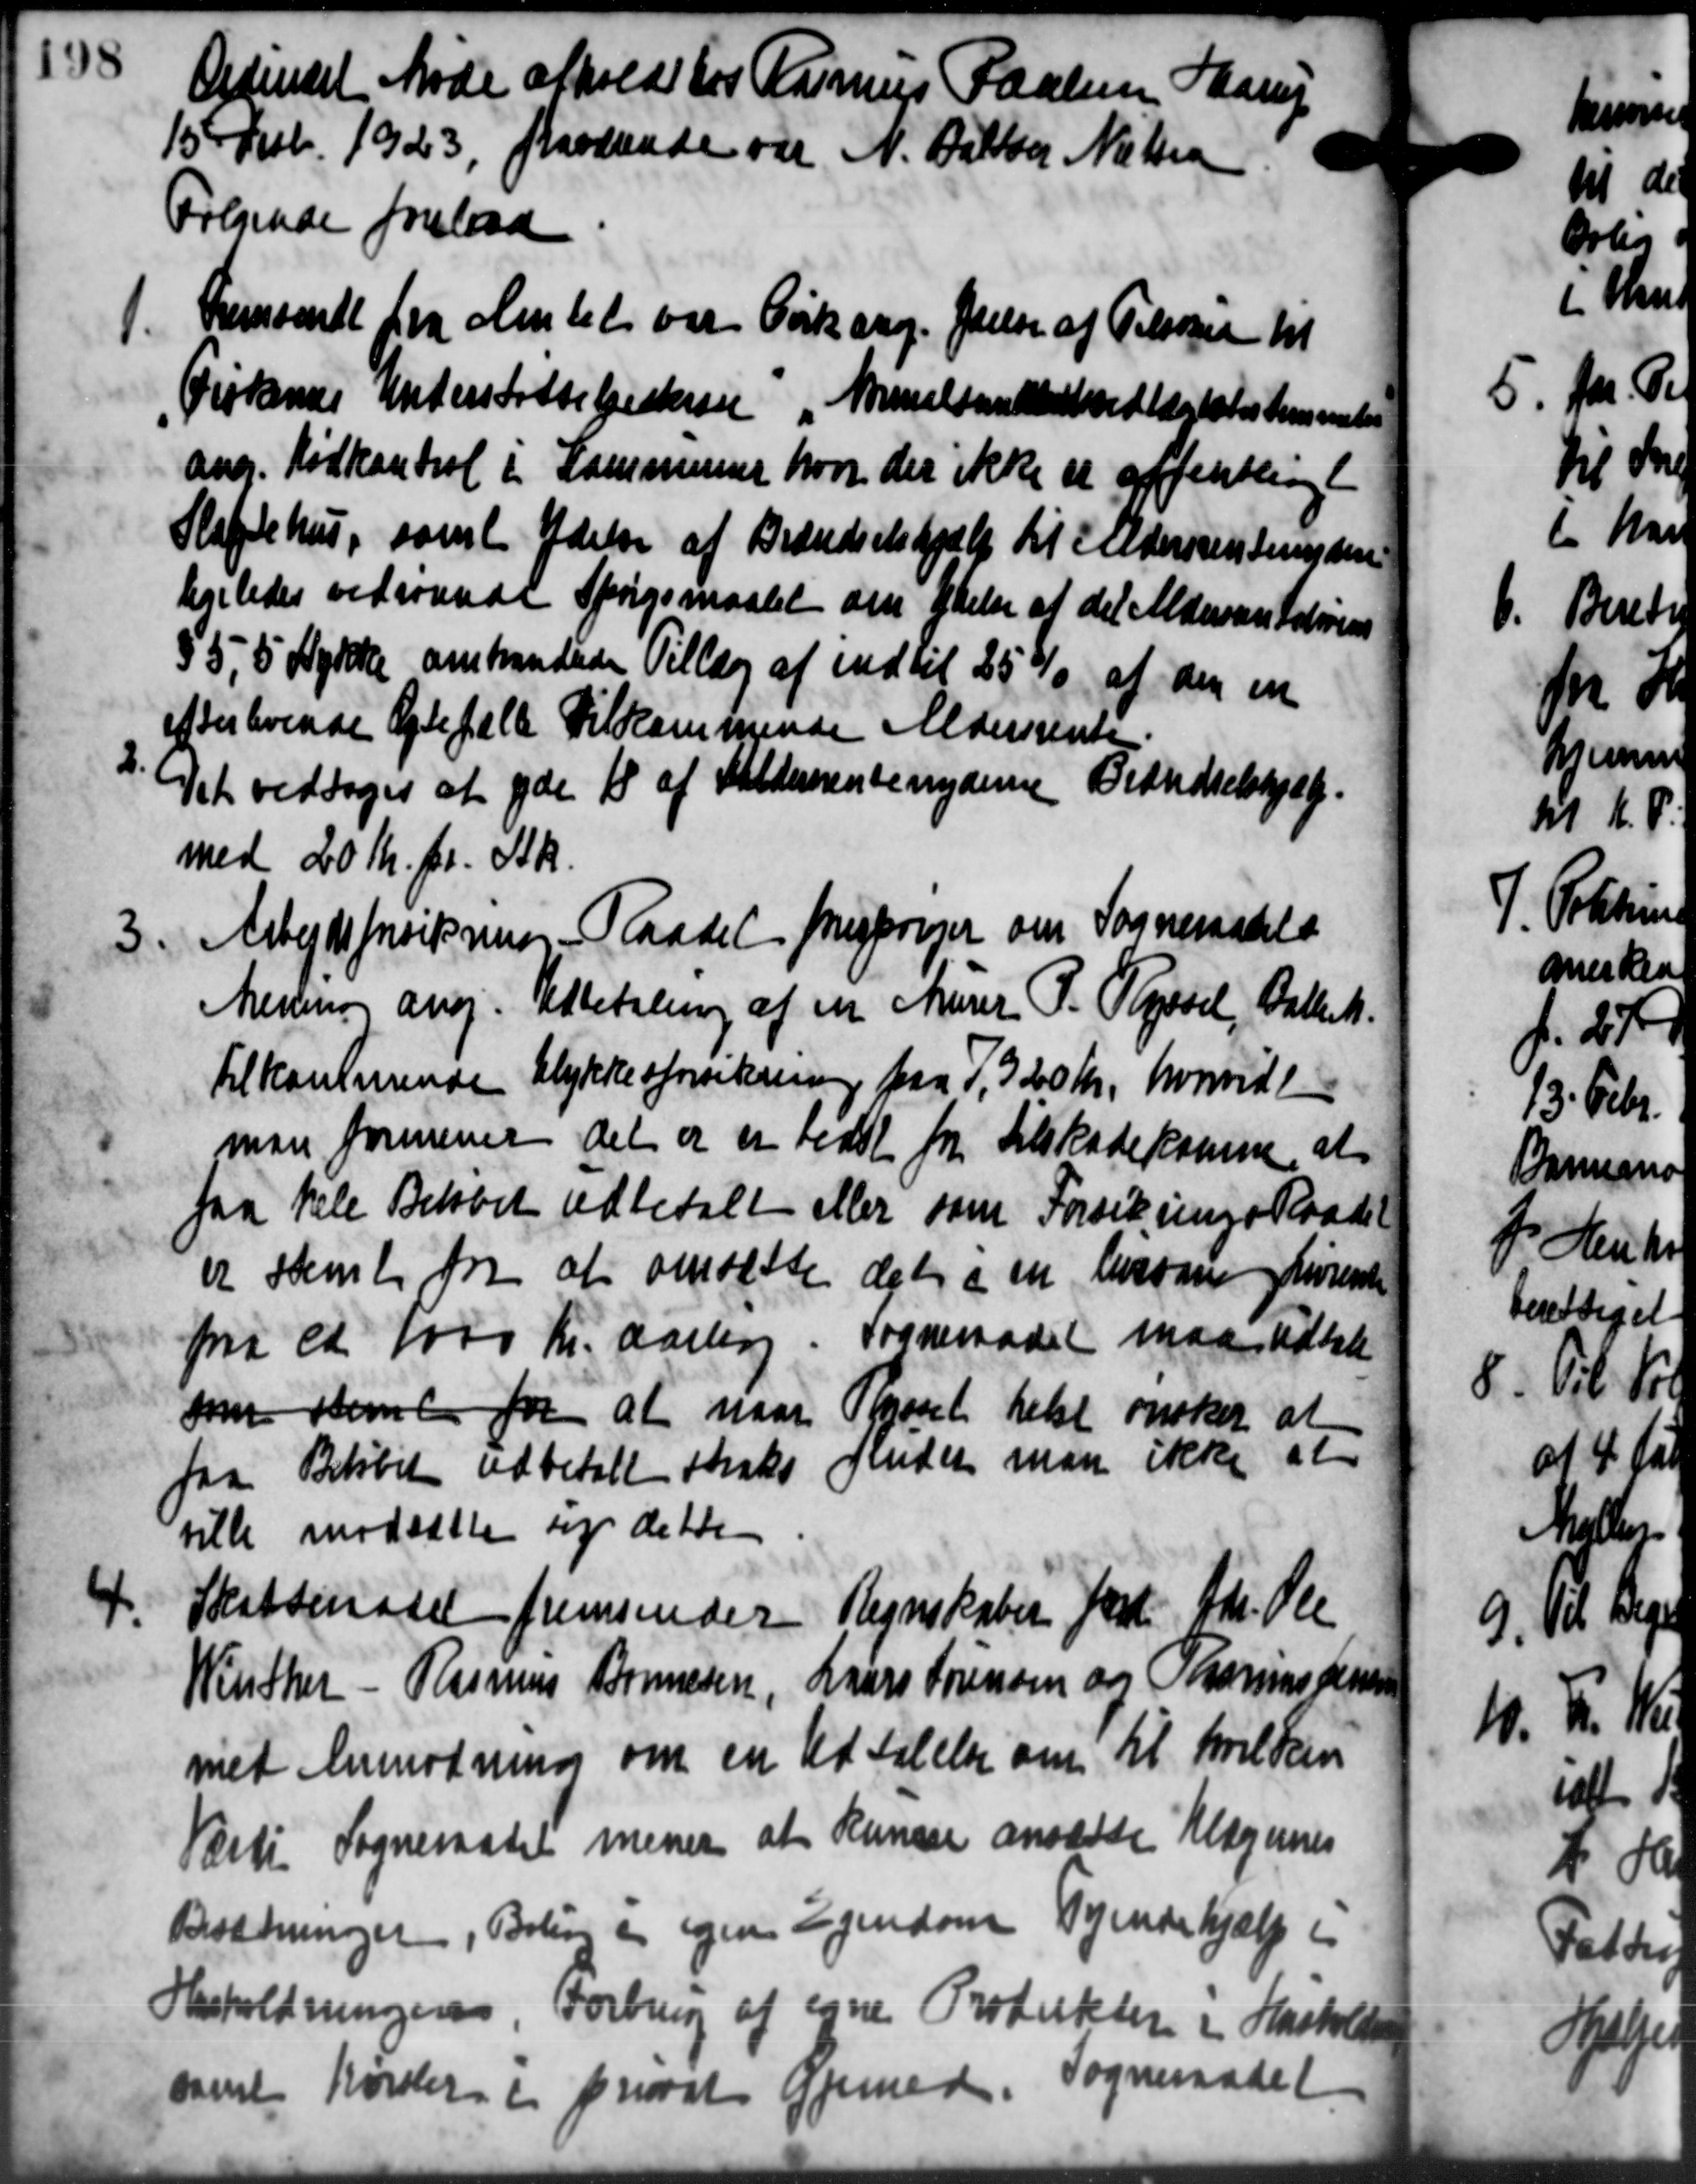
Transskription:
Ordenset Møde afholdt for Rasmus Poulsen Haarup
15 Feb. 1923, passende var N. Dalby Nielsen
Følgende forelaa
1.
Fremsendt fra Amtet var Cirkurg. Øvelse af Tilsager til
Frøkenes Understøttelseskreve Nielsende vedtægtsbestemmelse
ang. Kødkontrol i Kommunen hvor der ikke er offentlig
Slagtehus, samt Ydelse af Brændselshjælp til Aldersrentenydere
ligeledes vedrørende Spørgsmaalet om Ydelse af det Aldersrentelovens
55,5 Stykke omhandede Tillæg af indtil 25 % af den en
efter hvende Ægtefælde Tilkommende Aldersrente.

Det vedtoges at yde 18 af Aldersrentenyderne Brændselshjælp.
med 20 Kr. pr. Stk.
Raadet forespørger om Sogneraadets
3.
Arbejdsforsikring
Menene ang. Udbetaling af en Murer P. Ryssel, Ballet.
Tilkommende Ulykkesforsikring fra 1, 320 Kr., hvorvidt
man formener det er er sidst for Tilskadekomme, at
faa hele Beløbet udbetalt eller som Forsikrings Raadet
er stemte fra at omsætte
det i en besaae hørende
Sogneraadet maa udbet
pra ca 1000 Kr. aarlig
som stemt for at naar
Rysset helst ønsker at
fender man ikke at
faa Beløbet udbetalt straks
ville modsætte sig dette

Skatteraad fremsender
Regnskaber forl. Gdr. Ole
Winther - Rasmus Bonnesen, Lars Sørensen og Thomas Jensen
med Anmodning om en Udtalelse om til hvilken
Vært Sogneraadet mener at kunder ansætte Klagernes
Besætninger, Boling er igen Ejendom Tyendehjælp i
Hasholdningens Forbrug af egne Produkten i Hasholde
samt Kørsler i privat Øjemed. Sogneraade